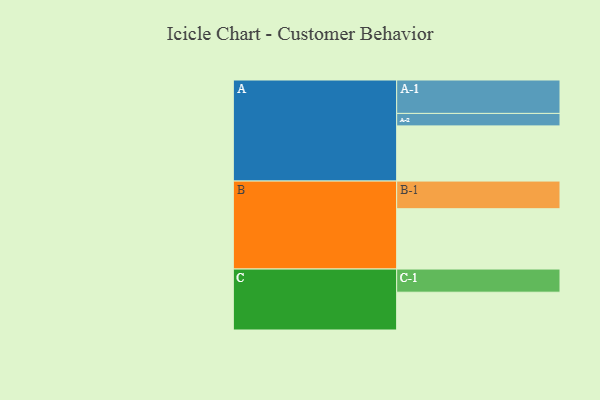
{"axis": {"x": "Segment", "y": "Value"}, "legend": ["", "A", "B", "C"], "data": [{"x": "A", "y": 451, "type": ""}, {"x": "B", "y": 493, "type": ""}, {"x": "C", "y": 309, "type": ""}, {"x": "A-1", "y": 273, "type": "A"}, {"x": "A-2", "y": 102, "type": "A"}, {"x": "B-1", "y": 226, "type": "B"}, {"x": "C-1", "y": 189, "type": "C"}]}